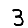
Digit: 3